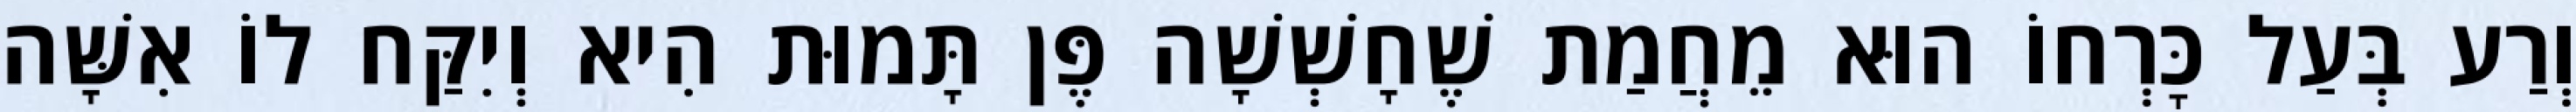
וְרַע בְּעַל כׇּרְחוֹ הוּא מֵחֲמַת שֶׁחָשְׁשָׁה פֶּן תָּמוּת הִיא וְיִקַּח לוֹ אִשָּׁה